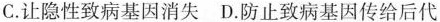
C.让隐性致病基因消失 D.防止致病基因传给后代